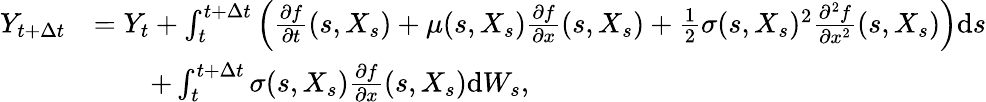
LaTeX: \begin{array}{rl}{Y_{t+\Delta t}}&{=Y_{t}+\int_{t}^{t+\Delta t}\left(\frac{\partial f}{\partial t}(s,X_{s})+\mu(s,X_{s})\frac{\partial f}{\partial x}(s,X_{s})+\frac{1}{2}\sigma(s,X_{s})^{2}\frac{\partial^{2}f}{\partial x^{2}}(s,X_{s})\right)\mathrm{d}s}\\ &{\qquad+\int_{t}^{t+\Delta t}\sigma(s,X_{s})\frac{\partial f}{\partial x}(s,X_{s})\mathrm{d}W_{s},}\end{array}